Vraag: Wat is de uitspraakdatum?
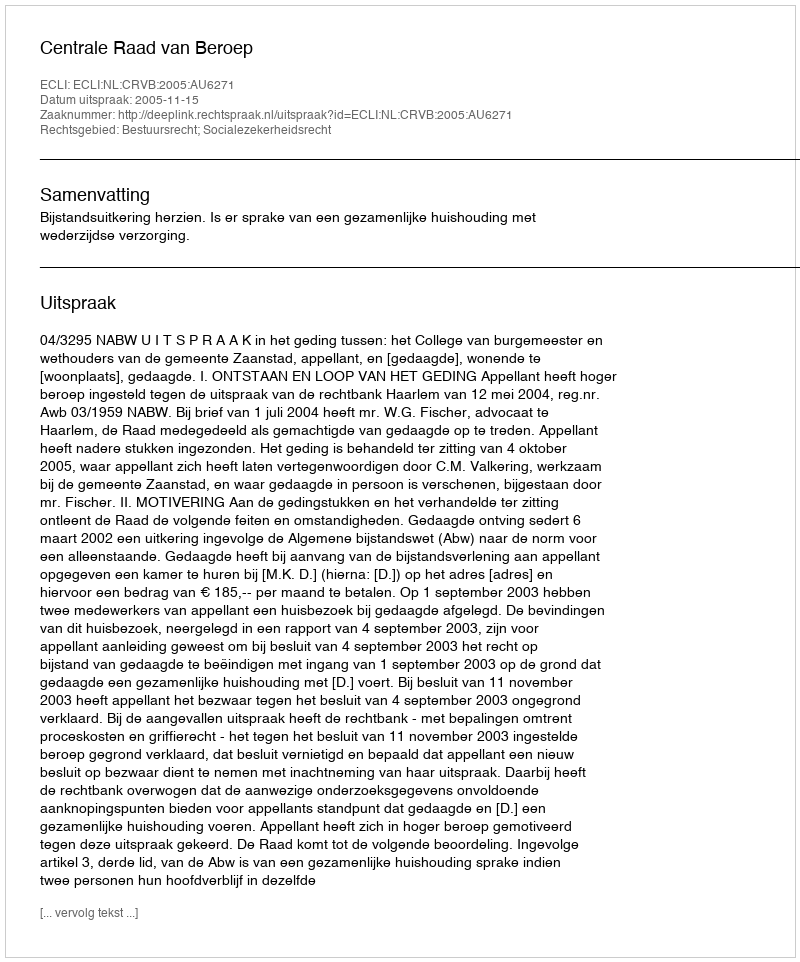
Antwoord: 2005-11-15